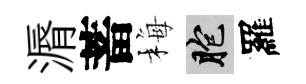
漘蓄梅胞羅